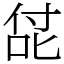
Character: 㖚